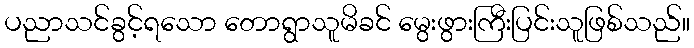
ပညာသင်ခွင့်ရသော တောရွာသူမိခင် မွေးဖွားကြီးပြင်းသူဖြစ်သည်။